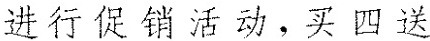
进行促销活动，买四送